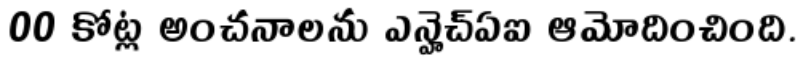
00 కోట్ల అంచనాలను ఎన్హెచ్ఏఐ ఆమోదించింది.